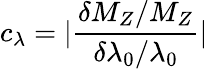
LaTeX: c_{\lambda}=\vert\frac{\delta M_{Z}/M_{Z}}{\delta\lambda_{0}/\lambda_{0}}\vert